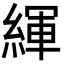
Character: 緷